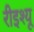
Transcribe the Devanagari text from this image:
रीइश्यू